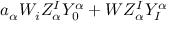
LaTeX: a _ { \alpha } W _ { i } Z _ { \alpha } ^ { I } Y _ { 0 } ^ { \alpha } + W Z _ { \alpha } ^ { I } Y _ { I } ^ { \alpha }